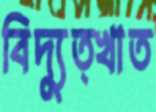
বিদ্যুত্খাত